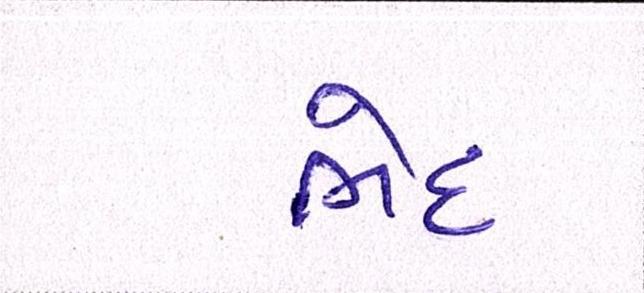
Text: ભેદ